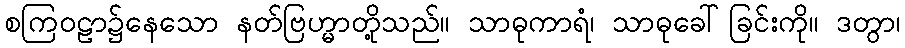
စကြဝဠာ၌နေသော နတ်ဗြဟ္မာတို့သည်။ သာဓုကာရံ၊ သာဓုခေါ်ခြင်းကို။ ဒတွာ၊